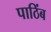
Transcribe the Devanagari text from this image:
पाठिंब